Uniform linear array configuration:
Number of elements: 8
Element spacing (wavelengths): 0.25
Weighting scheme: hann
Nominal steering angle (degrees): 60
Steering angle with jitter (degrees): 61.438
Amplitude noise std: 0.05
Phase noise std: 0.05

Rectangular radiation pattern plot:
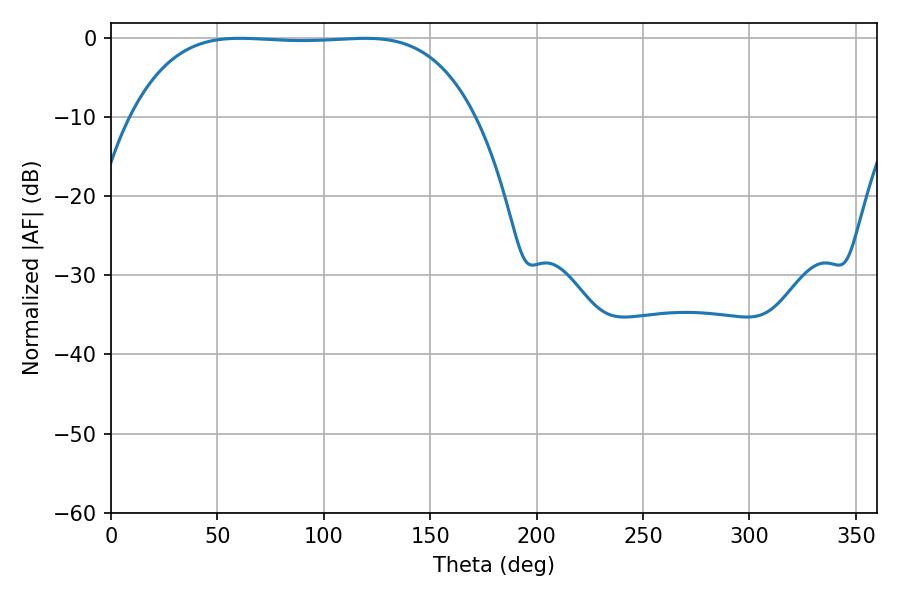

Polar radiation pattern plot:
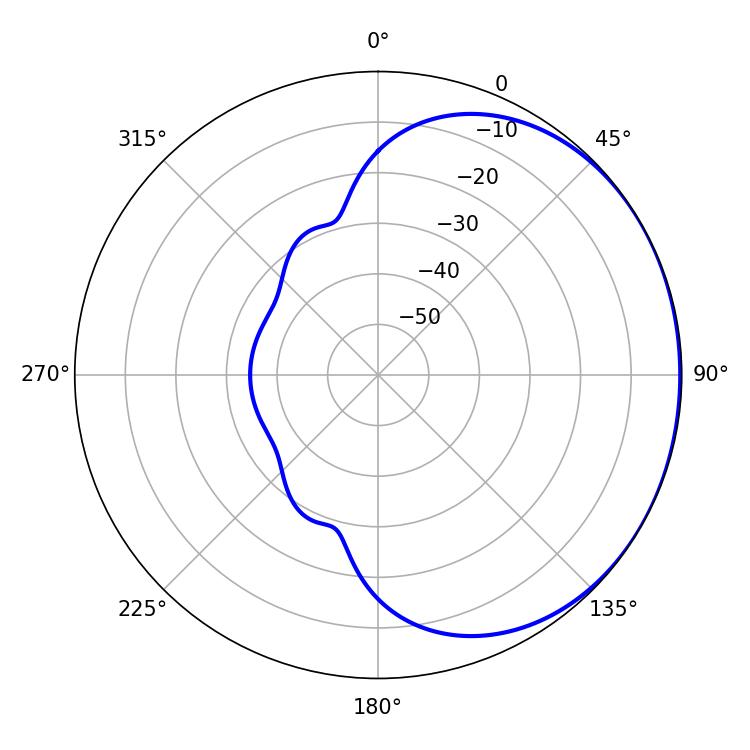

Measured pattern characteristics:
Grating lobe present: FALSE
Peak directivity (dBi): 0.7168
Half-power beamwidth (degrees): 125.28
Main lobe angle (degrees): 60.66